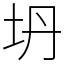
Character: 坍